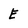
Character: E